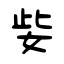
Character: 姕